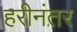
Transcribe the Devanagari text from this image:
हरीनंतर